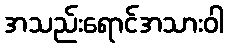
အသည်းရောင်အသားဝါ